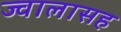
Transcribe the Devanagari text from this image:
ज्वालासह